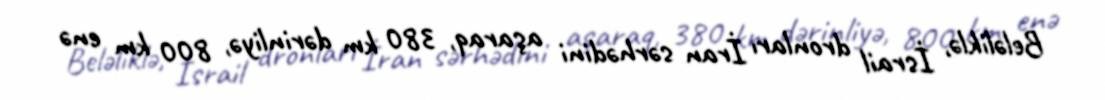
Beləliklə, İsrail dronları İran sərhədini aşaraq, 380 km dərinliyə, 800 km enə